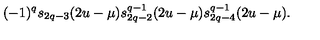
( - 1 ) ^ { q } s _ { 2 q - 3 } ( 2 u - \mu ) s _ { 2 q - 2 } ^ { q - 1 } ( 2 u - \mu ) s _ { 2 q - 4 } ^ { q - 1 } ( 2 u - \mu ) .